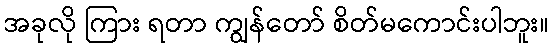
အခုလို ကြား ရတာ ကျွန်တော် စိတ်မကောင်းပါဘူး။